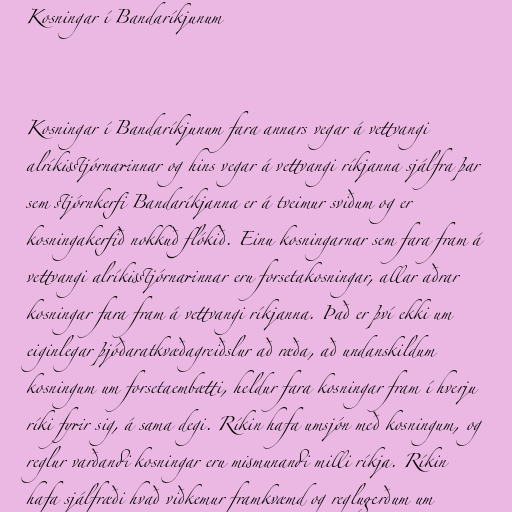
Kosningar í Bandaríkjunum

Kosningar í Bandaríkjunum fara annars vegar á vettvangi
alríkisstjórnarinnar og hins vegar á vettvangi ríkjanna sjálfra þar
sem stjórnkerfi Bandaríkjanna er á tveimur sviðum og er
kosningakerfið nokkuð flókið. Einu kosningarnar sem fara fram á
vettvangi alríkisstjórnarinnar eru forsetakosningar, allar aðrar
kosningar fara fram á vettvangi ríkjanna. Það er því ekki um
eiginlegar þjóðaratkvæðagreiðslur að ræða, að undanskildum
kosningum um forsetaembætti, heldur fara kosningar fram í hverju
ríki fyrir sig, á sama degi. Ríkin hafa umsjón með kosningum, og
reglur varðandi kosningar eru mismunandi milli ríkja. Ríkin
hafa sjálfræði hvað viðkemur framkvæmd og reglugerðum um